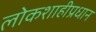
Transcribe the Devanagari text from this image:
लोकशाहीप्रधान